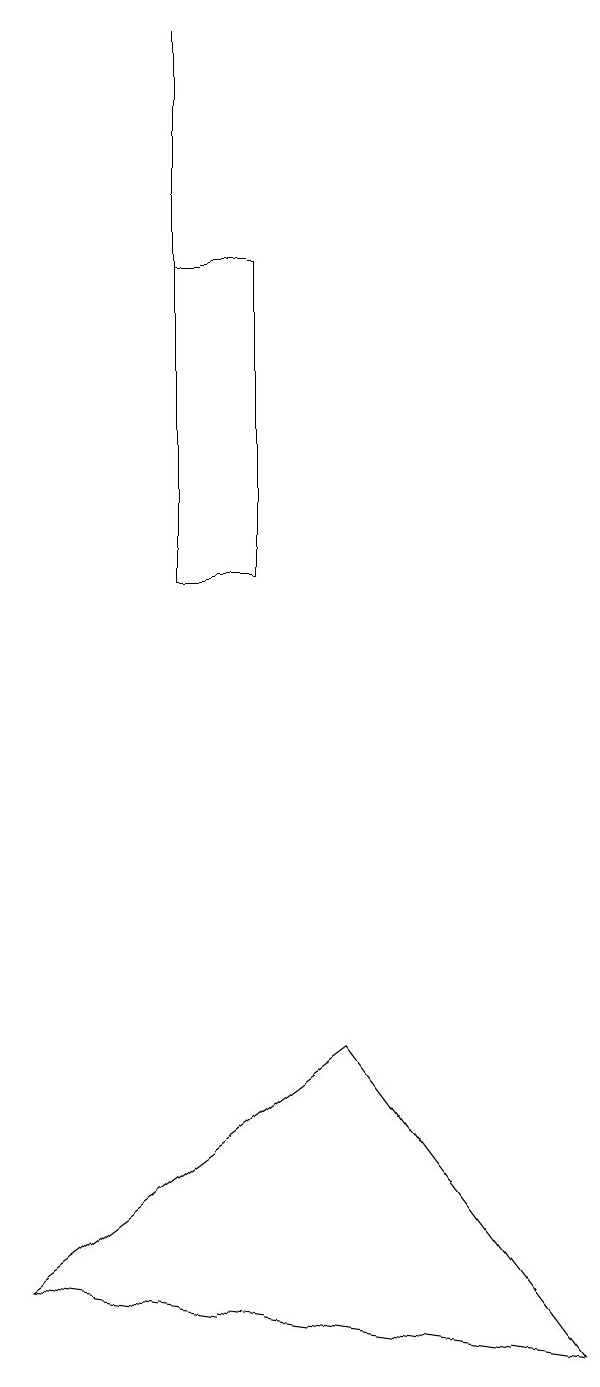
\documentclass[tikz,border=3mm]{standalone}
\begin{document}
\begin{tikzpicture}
\draw (5,16) rectangle (4,12);
\draw (6,6) -- (9,2) -- (2,3) -- cycle;
\draw (4,19) rectangle (4,14);
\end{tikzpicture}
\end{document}